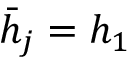
\bar { h } _ { j } = h _ { 1 }